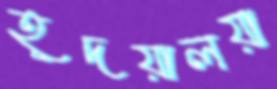
হূদয়ালয়া